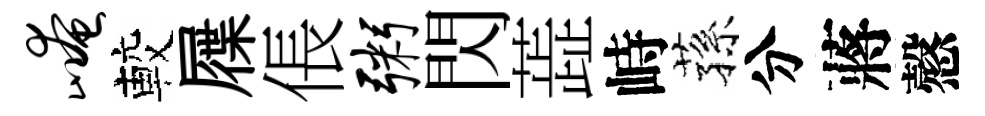
崦較屧倀粥閃蕋峙蓀分蔣慤